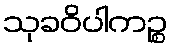
သုခဝိပါကဉ္စ